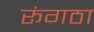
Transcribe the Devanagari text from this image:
रूंगठा